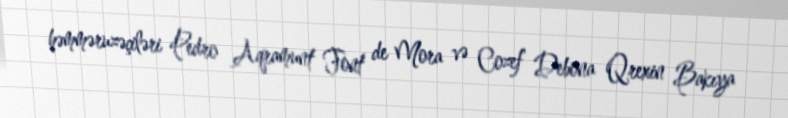
həmməruzəçiləri Pedro Aqramunt Font de Mora və Cozef Debona Qrexin Bakıya